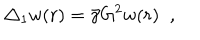
\triangle _ { 1 } w ( r ) = \bar { \gamma } G ^ { 2 } w ( r ) \; \; ,